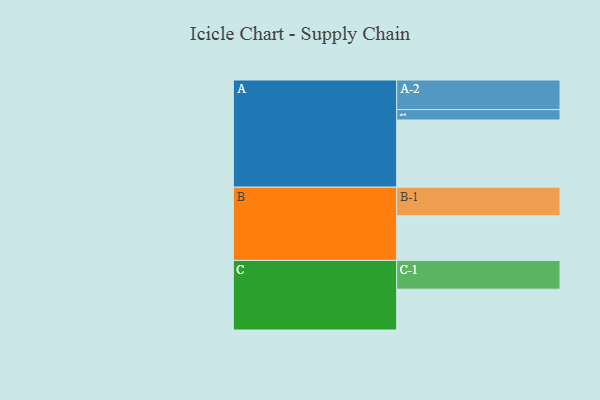
{"axis": {"x": "Segment", "y": "Value"}, "legend": ["", "A", "B", "C"], "data": [{"x": "A", "y": 550, "type": ""}, {"x": "B", "y": 366, "type": ""}, {"x": "C", "y": 334, "type": ""}, {"x": "A-1", "y": 85, "type": "A"}, {"x": "A-2", "y": 242, "type": "A"}, {"x": "B-1", "y": 233, "type": "B"}, {"x": "C-1", "y": 235, "type": "C"}]}